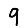
Digit: 9